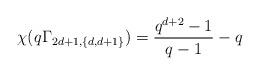
LaTeX: \begin{align*}\chi(q\Gamma_{2d+1,\{d,d+1\}})=\frac{q^{d+2}-1}{q-1}-q\end{align*}